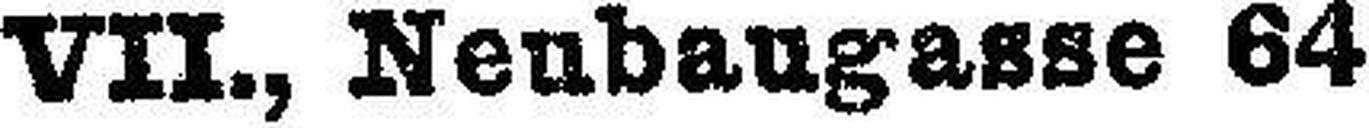
VII., Nenbaugasse 64